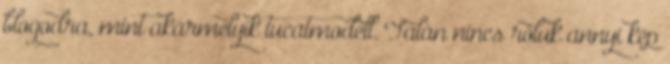
blogodra, mint akármelyik tucatmodell. Talán nincs róluk annyi kép